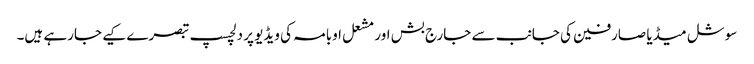
سوشل میڈیا صارفین کی جانب سے جارج بش اور مشعل اوبامہ کی ویڈیو پر دلچسپ تبصرے کیے جارہے ہیں۔